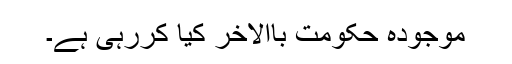
موجودہ حکومت باالاخر کیا کررہی ہے۔